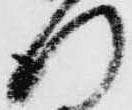
行